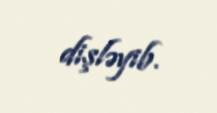
dişləyib.